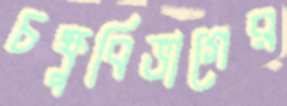
চক্ষুবিভাগের